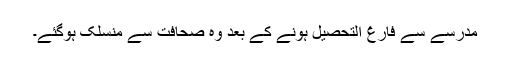
مدرسے سے فارغ التحصیل ہونے کے بعد وہ صحافت سے منسلک ہوگئے۔